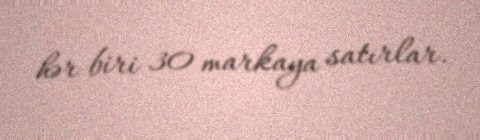
hər biri 30 markaya satırlar.